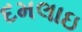
દમલાઇ